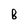
Character: 8